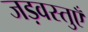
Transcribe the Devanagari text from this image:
जड़वस्तुएँ